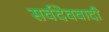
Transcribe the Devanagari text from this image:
सर्वदेववादी